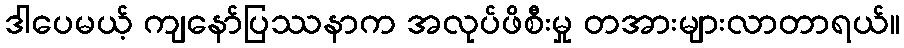
ဒါပေမယ့် ကျနော်ပြဿနာက အလုပ်ဖိစီးမှု တအားများလာတာရယ်။